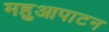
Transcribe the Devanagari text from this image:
महुआपाटन